Annual statistical returns and brief notes on vaccination in Bengal - 1896-1909
Year: 1896
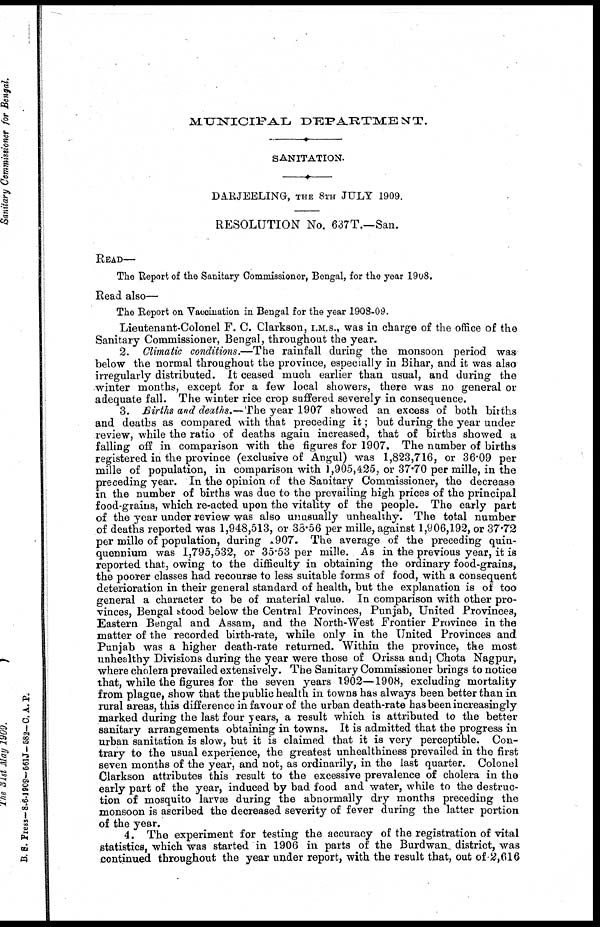
MUNICIPAL
DEPARTMENT.
SANITATION.
DARJEELING, THE 8TH JULY 1909.
RESOLUTION No. 637T.—San.
READ—
The Report of the Sanitary Commissioner, Bengal, for the year 1908.
Read also—
The Report on Vaccination in Bengal for the year 1908-09.
Lieutenant-Colonel F. C. Clarkson, I.M.S., was in charge of the office of the
Sanitary Commissioner, Bengal, throughout the year.
2. Climatic conditions.—The rainfall during the monsoon period was
below the normal throughout the province, especially in Bihar, and it was also
irregularly distributed. It ceased much earlier than usual, and during the
winter months, except for a few local showers, there was no general or
adequate fall. The winter rice crop suffered severely in consequence.
3. Births and deaths.—The year 1907 showed an excess of both births
and deaths as compared with that preceding it; but during the year under
review, while the ratio of deaths again increased, that of births showed a
falling off in comparison with the figures for 1907. The number of births
registered in the province (exclusive of Angul) was 1,823,716, or 36.09 per
mille of population, in comparison with 1,905,425, or 37.70 per mille, in the
preceding year. In the opinion of the Sanitary Commissioner, the decrease
in the number of births was due to the prevailing high prices of the principal
food-grains, which re-acted upon the vitality of the people. The early part
of the year under review was also unusually unhealthy. The total number
of deaths reported was 1,948,513, or 38.56 per mille, against 1,906,192, or 37.72
per mille of population, during 1907. The average of the preceding quin-
quennium was 1,795,532, or 35.53 per mille. As in the previous year, it is
reported that, owing to the difficulty in obtaining the ordinary food-grains,
the poorer classes had recourse to less suitable forms of food, with a consequent
deterioration in their general standard of health, but the explanation is of too
general a character to be of material value. In comparison with other pro-
vinces, Bengal stood below the Central Provinces, Punjab, United Provinces,
Eastern Bengal and Assam, and the North-West Frontier Province in the
matter of the recorded birth-rate, while only in the United Provinces and
Punjab was a higher death-rate returned. Within the province, the most
unhealthy Divisions during the year were those of Orissa and Chota Nagpur,
where cholera prevailed extensively. The Sanitary Commissioner brings to notice
that, while the figures for the seven years 1902—1908, excluding mortality
from plague, show that the public health in towns has always been better than in
rural areas, this difference in favour of the urban death-rate has been increasingly
marked during the last four years, a result which is attributed to the better
sanitary arrangements obtaining in towns. It is admitted that the progress in
urban sanitation is slow, but it is claimed that it is very perceptible. Con-
trary to the usual experience, the greatest unhealthiness prevailed in the first
seven months of the year, and not, as ordinarily, in the last quarter. Colonel
Clarkson attributes this result to the excessive prevalence of cholera in the
early part of the year, induced by bad food and water, while to the destruc-
tion of mosquito larvæ during the abnormally dry months preceding the
monsoon is ascribed the decreased severity of fever during the latter portion
of the year.
4. The experiment for testing the accuracy of the registration of vital
statistics, which was started in 1906 in parts of the Burdwan district, was
continued throughout the year under report, with the result that, out of 2,616